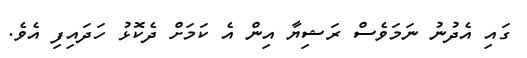
ގައި އެދުނު ނަމަވެސް ރަޝިޔާ އިން އެ ކަމަށް ދެކޮޅު ހަދައިފި އެވެ.